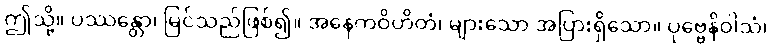
ဤသို့။ ပဿန္တော၊ မြင်သည်ဖြစ်၍။ အနေကဝိဟိတံ၊ များသော အပြားရှိသော။ ပုဗ္ဗေနိဝါသံ၊